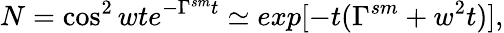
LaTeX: N=\cos^{2}wte^{-\Gamma^{sm}t}\simeq exp[-t(\Gamma^{sm}+w^{2}t)],